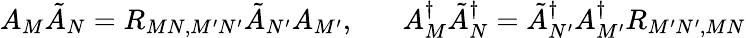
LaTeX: A_{M}\tilde{A}_{N}=R_{MN,M^{\prime}N^{\prime}}\tilde{A}_{N^{\prime}}A_{M^{\prime}},\; \; \; \; \; \; A_{M}^{\dagger}\tilde{A}_{N}^{\dagger}=\tilde{A}_{N^{\prime}}^{\dagger}A_{M^{\prime}}^{\dagger}R_{M^{\prime}N^{\prime},MN}